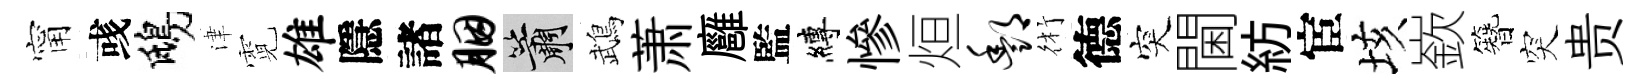
甯彧鴟津霓雄隱諸胭簫鵡萧廱監縛慘烜酆術德突閫紡宦垓嶔簪突贵